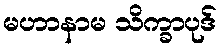
မဟာနာမ သိက္ခာပုဒ်